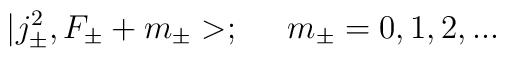
|j_{\pm}^2, F_{\pm}+ m_{\pm}>; \;\;\;\;\; m_{\pm} = 0, 1, 2, ...